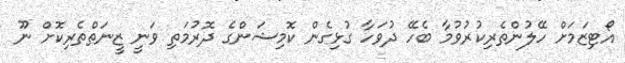
އޯޓިޒަމަށް ހޭލުންތެރިކުރުވުމާ ބެހޭ ދުވަހާ ގުޅިގެން ކޮމިޝަންގެ ދޮރުމަތި ވަނީ ޒީނަތްތެރިކޮށް ނޫ